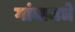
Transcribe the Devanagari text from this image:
गांवामधे